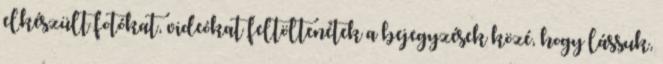
elkészült fotókat, videókat feltöltenétek a bejegyzések közé, hogy lássuk,